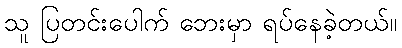
သူ ပြတင်းပေါက် ဘေးမှာ ရပ်နေခဲ့တယ်။